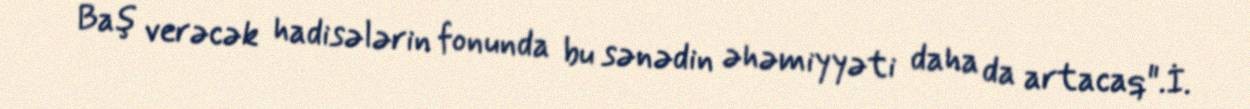
Baş verəcək hadisələrin fonunda bu sənədin əhəmiyyəti daha da artacaq".İ.